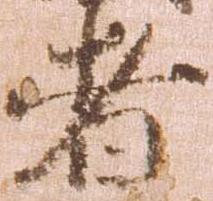
者